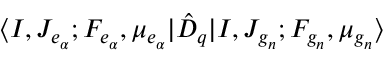
\langle I , J _ { e _ { \alpha } } ; F _ { e _ { \alpha } } , \mu _ { e _ { \alpha } } | { \hat { D } } _ { q } | I , J _ { g _ { n } } ; F _ { g _ { n } } , \mu _ { g _ { n } } \rangle